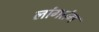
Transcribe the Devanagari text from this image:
लांगतंग